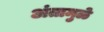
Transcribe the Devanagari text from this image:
अंतामुळे